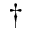
^ \dag